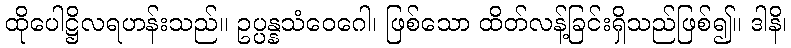
ထိုပေါဋ္ဌိလရဟန်းသည်။ ဥပ္ပန္နသံဝေဂေါ၊ ဖြစ်သော ထိတ်လန့်ခြင်းရှိသည်ဖြစ်၍။ ဒါနိ၊